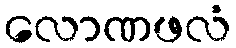
လောဏဖလံ